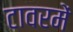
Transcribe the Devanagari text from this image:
टावरमें